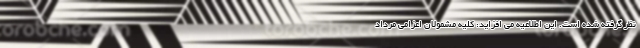
نظر گرفته شده است. این اطلاعیه می افزاید: کلیه مشمولان اعزامی مرداد